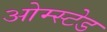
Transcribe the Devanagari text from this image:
ओम्स्टेड